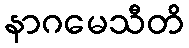
နာဂမေသီတိ